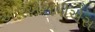
આરએસપીએસ